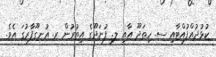
ކުޅުދުއްފުއްޓާއި ސ. ހިތަދޫ އާއި ލ. ފުނަދޫގެ އިތުރުން ރ. އުނގޫފާރުގަ އެވެ.